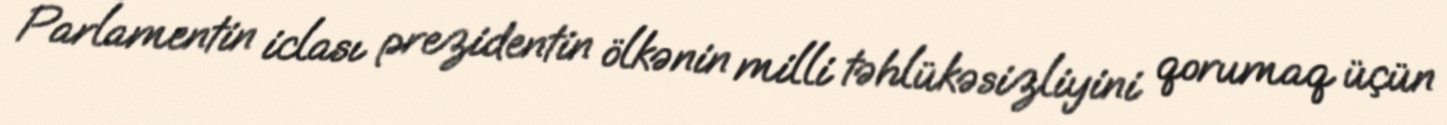
Parlamentin iclası prezidentin ölkənin milli təhlükəsizliyini qorumaq üçün